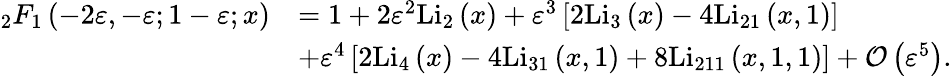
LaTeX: \begin{array}{rl}{_{2}F_{1}\left(-2\varepsilon,-\varepsilon;1-\varepsilon;x\right)}&{=1+2\varepsilon^{2}\mathrm{Li}_{2}\left(x\right)+\varepsilon^{3}\left[2\mathrm{Li}_{3}\left(x\right)-4\mathrm{Li}_{21}\left(x,1\right)\right]}\\ &{+\varepsilon^{4}\left[2\mathrm{Li}_{4}\left(x\right)-4\mathrm{Li}_{31}\left(x,1\right)+8\mathrm{Li}_{211}\left(x,1,1\right)\right]+{\mathcal O}\left(\varepsilon^{5}\right).}\end{array}